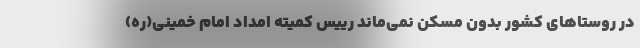
در روستاهای کشور بدون مسکن نمی‌ماند رییس کمیته امداد امام خمینی(ره)